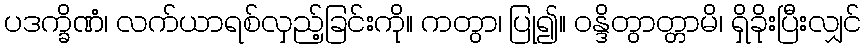
ပဒက္ခိဏံ၊ လက်ယာရစ်လှည့်ခြင်းကို။ ကတွာ၊ ပြု၍။ ဝန္ဒိတွာတ္တာမိ၊ ရှိခိုးပြီးလျှင်